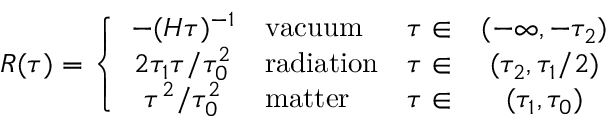
R ( \tau ) = \left\{ \begin{array} { c l r c } { { - ( H \tau ) ^ { - 1 } } } & { { \mathrm { v a c u u m } } } & { { \tau \in } } & { { ( - \infty , - \tau _ { 2 } ) } } \\ { { 2 \tau _ { 1 } \tau / \tau _ { 0 } ^ { 2 } } } & { { \mathrm { r a d i a t i o n } } } & { { \tau \in } } & { { ( \tau _ { 2 } , \tau _ { 1 } / 2 ) } } \\ { { \tau ^ { 2 } / \tau _ { 0 } ^ { 2 } } } & { { \mathrm { m a t t e r } } } & { { \tau \in } } & { { ( \tau _ { 1 } , \tau _ { 0 } ) } } \end{array} \right.